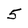
Character: 5